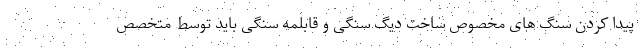
پیدا کردن سنگ های مخصوص ساخت دیگ سنگی و قابلمه سنگی باید توسط متخصص